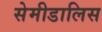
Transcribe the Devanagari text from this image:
सेमीडालिस